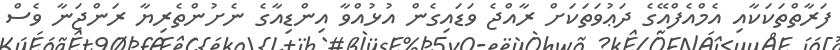
ފަރާތްތަކަކާއި އެމްއެފްއޭގެ ދަޢުވަތަކަށް ރާއްޖެ ވަޑައިގެން އުޅުއްވާ އިންޑިއާގެ ނެށުންތެރިޔާ ރަންޖަނާ ވެސް